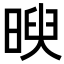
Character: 𣈵